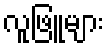
လူဖြူများ